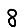
Digit: 8